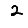
Digit: 2